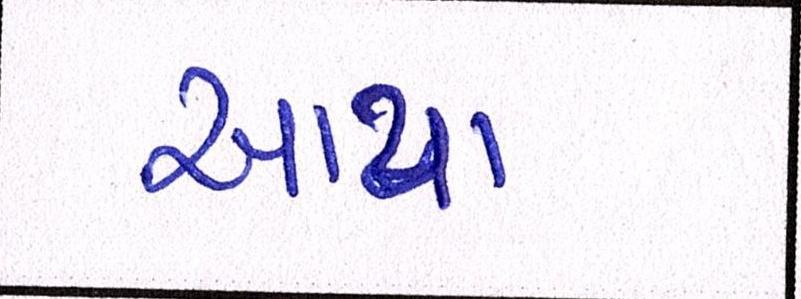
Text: આયા